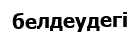
белдеудегі